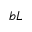
b L